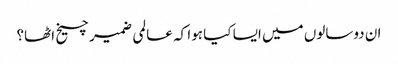
ان دوسالوں میں ایسا کیا ہوا کہ عالمی ضمیر چیخ اٹھا؟